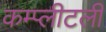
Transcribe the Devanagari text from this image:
कम्प्लीटली